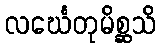
လင်္ဃေတုမိစ္ဆသိ